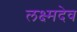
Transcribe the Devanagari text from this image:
लक्ष्मदेव